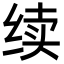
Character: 续